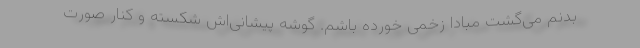
بدنم می‌گشت مبادا زخمی خورده باشم. گوشه پیشانی‌اش شکسته و کنار صورت